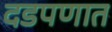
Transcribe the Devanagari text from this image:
दडपणात